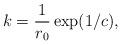
LaTeX: \begin{align*}k=\frac{1}{r_{0}}\exp(1/c),\end{align*}